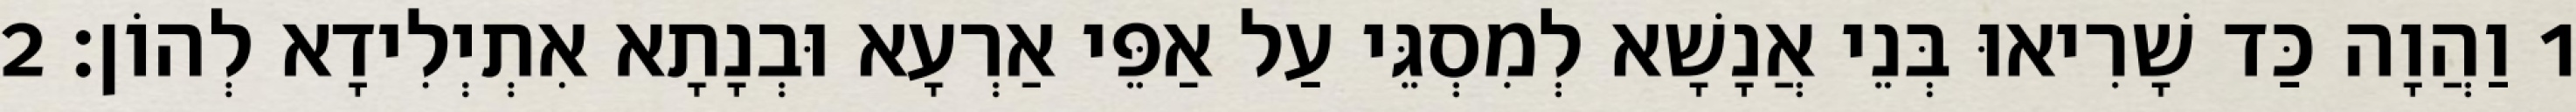
1 וַהֲוָה כַּד שָׁרִיאוּ בְּנֵי אֲנָשָׁא לְמִסְגֵּי עַל אַפֵּי אַרְעָא וּבְנָתָא אִתְיְלִידָא לְהוֹן׃ 2